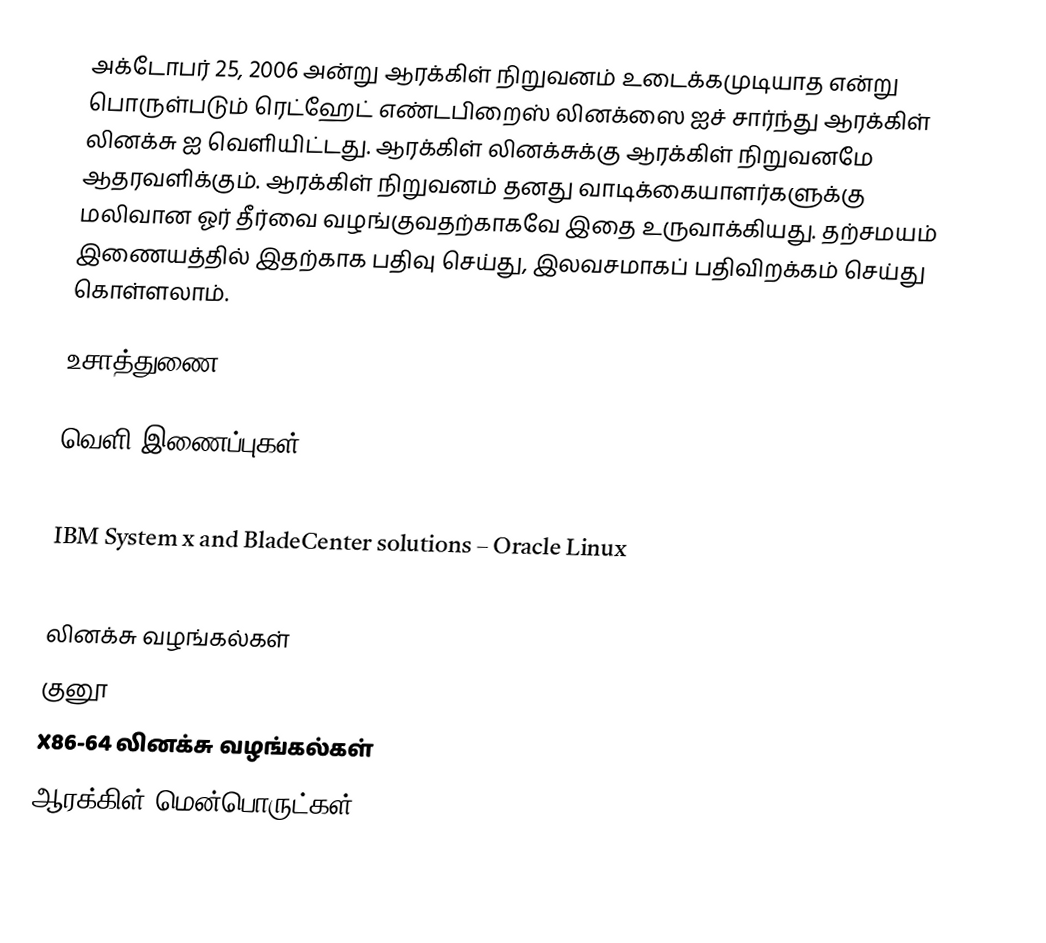
அக்டோபர் 25, 2006 அன்று ஆரக்கிள் நிறுவனம் உடைக்கமுடியாத என்று பொருள்படும் ரெட்ஹேட் எண்டபிறைஸ் லினக்ஸை ஐச் சார்ந்து ஆரக்கிள் லினக்சு ஐ வெளியிட்டது. ஆரக்கிள் லினக்சுக்கு ஆரக்கிள் நிறுவனமே ஆதரவளிக்கும். ஆரக்கிள் நிறுவனம் தனது வாடிக்கையாளர்களுக்கு மலிவான ஓர் தீர்வை வழங்குவதற்காகவே இதை உருவாக்கியது. தற்சமயம் இணையத்தில் இதற்காக பதிவு செய்து, இலவசமாகப் பதிவிறக்கம் செய்து கொள்ளலாம்.

உசாத்துணை

வெளி இணைப்புகள்

 IBM System x and BladeCenter solutions – Oracle Linux

லினக்சு வழங்கல்கள்
குனூ
X86-64 லினக்சு வழங்கல்கள்
ஆரக்கிள் மென்பொருட்கள்